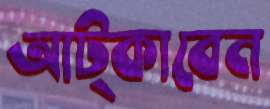
আট্‌কাবেন